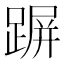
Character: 𨂲